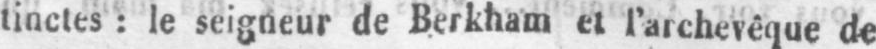
tinctes: le seigneur de Berkham et l’archevêque de